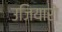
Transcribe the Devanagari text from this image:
उजियारो